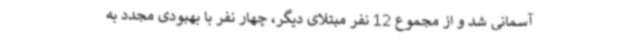
آسمانی شد و از مجموع 12 نفر مبتلای دیگر، چهار نفر با بهبودی مجدد به